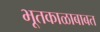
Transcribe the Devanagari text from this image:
भूतकाळाबाबत